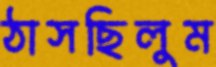
ঠাসছিলুম